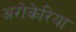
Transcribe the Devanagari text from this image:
अरोकेरिया